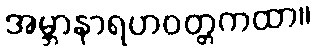
အမ္ဘာနာရဟဝတ္တကထာ။